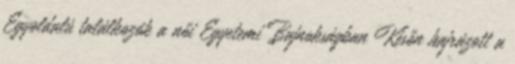
Egyoldalú találkozók a női Egyetemi Bajnokságban Későn hajrázott a